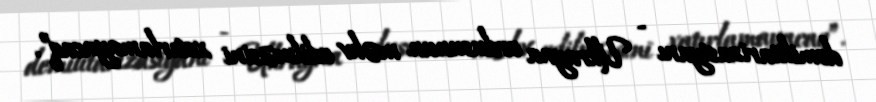
demilitarizasiyanı - Ukrayna ordusunun məhv edilməsini xatırlamayacaq”.